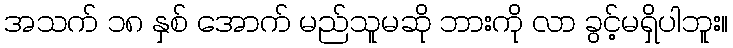
အသက် ၁၈ နှစ် အောက် မည်သူမဆို ဘားကို လာ ခွင့်မရှိပါဘူး။